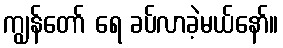
ကျွန်တော် ရေ ခပ်လာခဲ့မယ်နော်။